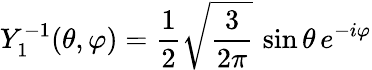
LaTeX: Y_{1}^{-1}(\theta,\varphi)={\frac{1}{2}}{\sqrt{\frac{3}{2\pi}}}\, \sin\theta\, e^{-i\varphi}